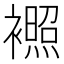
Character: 𬡰